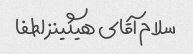
سلام آقای هیگینز لطفا